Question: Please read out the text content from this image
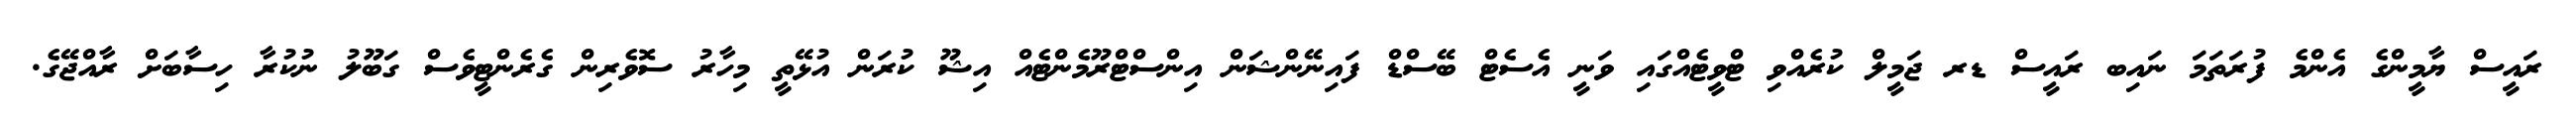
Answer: ރައީސް ޔާމީންގެ އެންމެ ފުރަތަމަ ނައިބ ރައީސް ޑރ ޖަމީލް ކުރެއްވި ޓްވީޓެއްގައި ވަނީ އެސެޓް ބޭސްޑް ފައިނޭންޝަން އިންސްޓްރޫމެންޓެއް އިޝޫ ކުރަން އުޅޭތީ މިހާރު ސޮވެރިން ގެރެންޓީވެސް ގަބޫލު ނުކުރާ ހިސާބަށް ރާއްޖޭގެ.